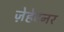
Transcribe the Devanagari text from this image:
ज़ेहेटनर